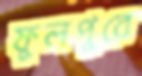
ফুলপুরে